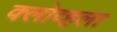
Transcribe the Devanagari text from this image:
क्लोव्हला